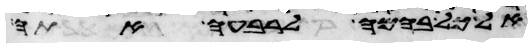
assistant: אל כל בהמה לרבעה אתה